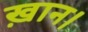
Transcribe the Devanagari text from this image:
ख़ान।